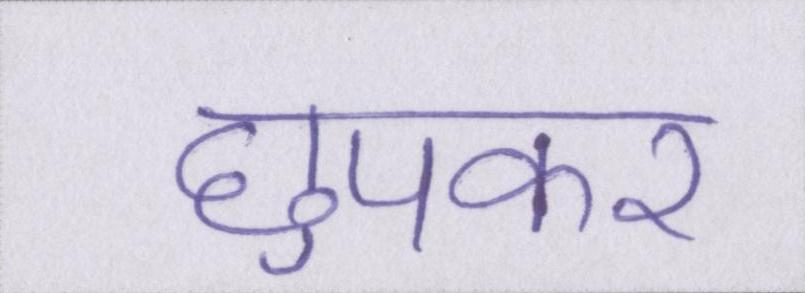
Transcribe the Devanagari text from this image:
छुपकर